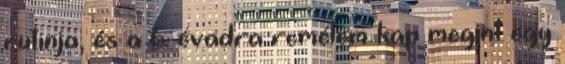
rutinja, és a 6. évadra remélem kap megint egy